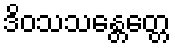
ဒိဝသသန္တေတ္တေ